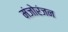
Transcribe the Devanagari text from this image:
मंजोरंजन